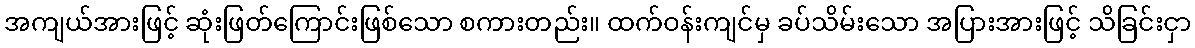
အကျယ်အားဖြင့် ဆုံးဖြတ်ကြောင်းဖြစ်သော စကားတည်း။ ထက်ဝန်းကျင်မှ ခပ်သိမ်းသော အပြားအားဖြင့် သိခြင်းငှာ